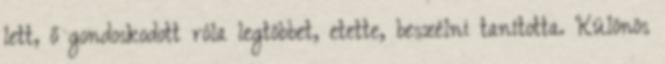
lett, ő gondoskodott róla legtöbbet, etette, beszélni tanította. Különös